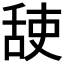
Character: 𦧜